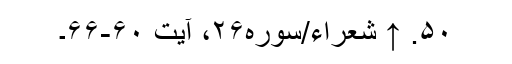
۵۰. ↑ شعراء/سوره۲۶، آیت ۶۰-۶۶۔